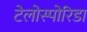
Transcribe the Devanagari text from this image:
टेलोस्पोरिडा